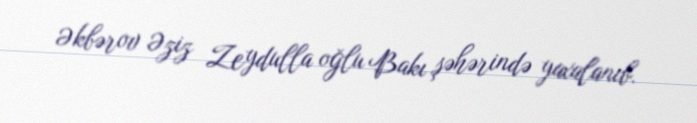
Əkbərov Əziz Zeydulla oğlu Bakı şəhərində yaxalanıb.